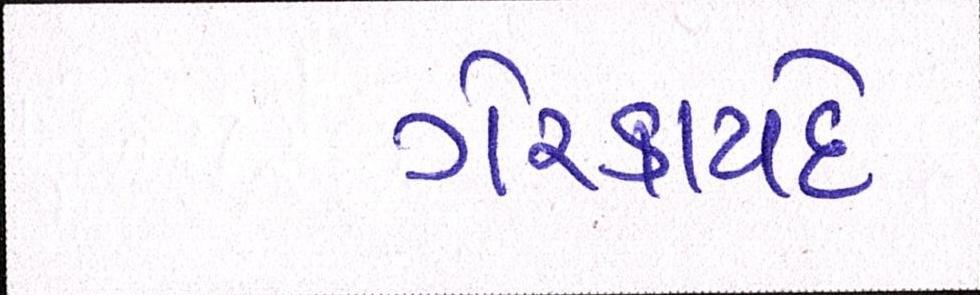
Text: ગેરકાયદે